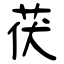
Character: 茯